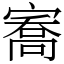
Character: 㝯